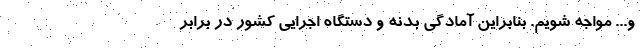
و... مواجه شویم. بنابراین آمادگی بدنه و دستگاه اجرایی کشور در برابر